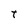
Character: t